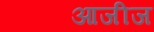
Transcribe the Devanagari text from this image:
आजीज